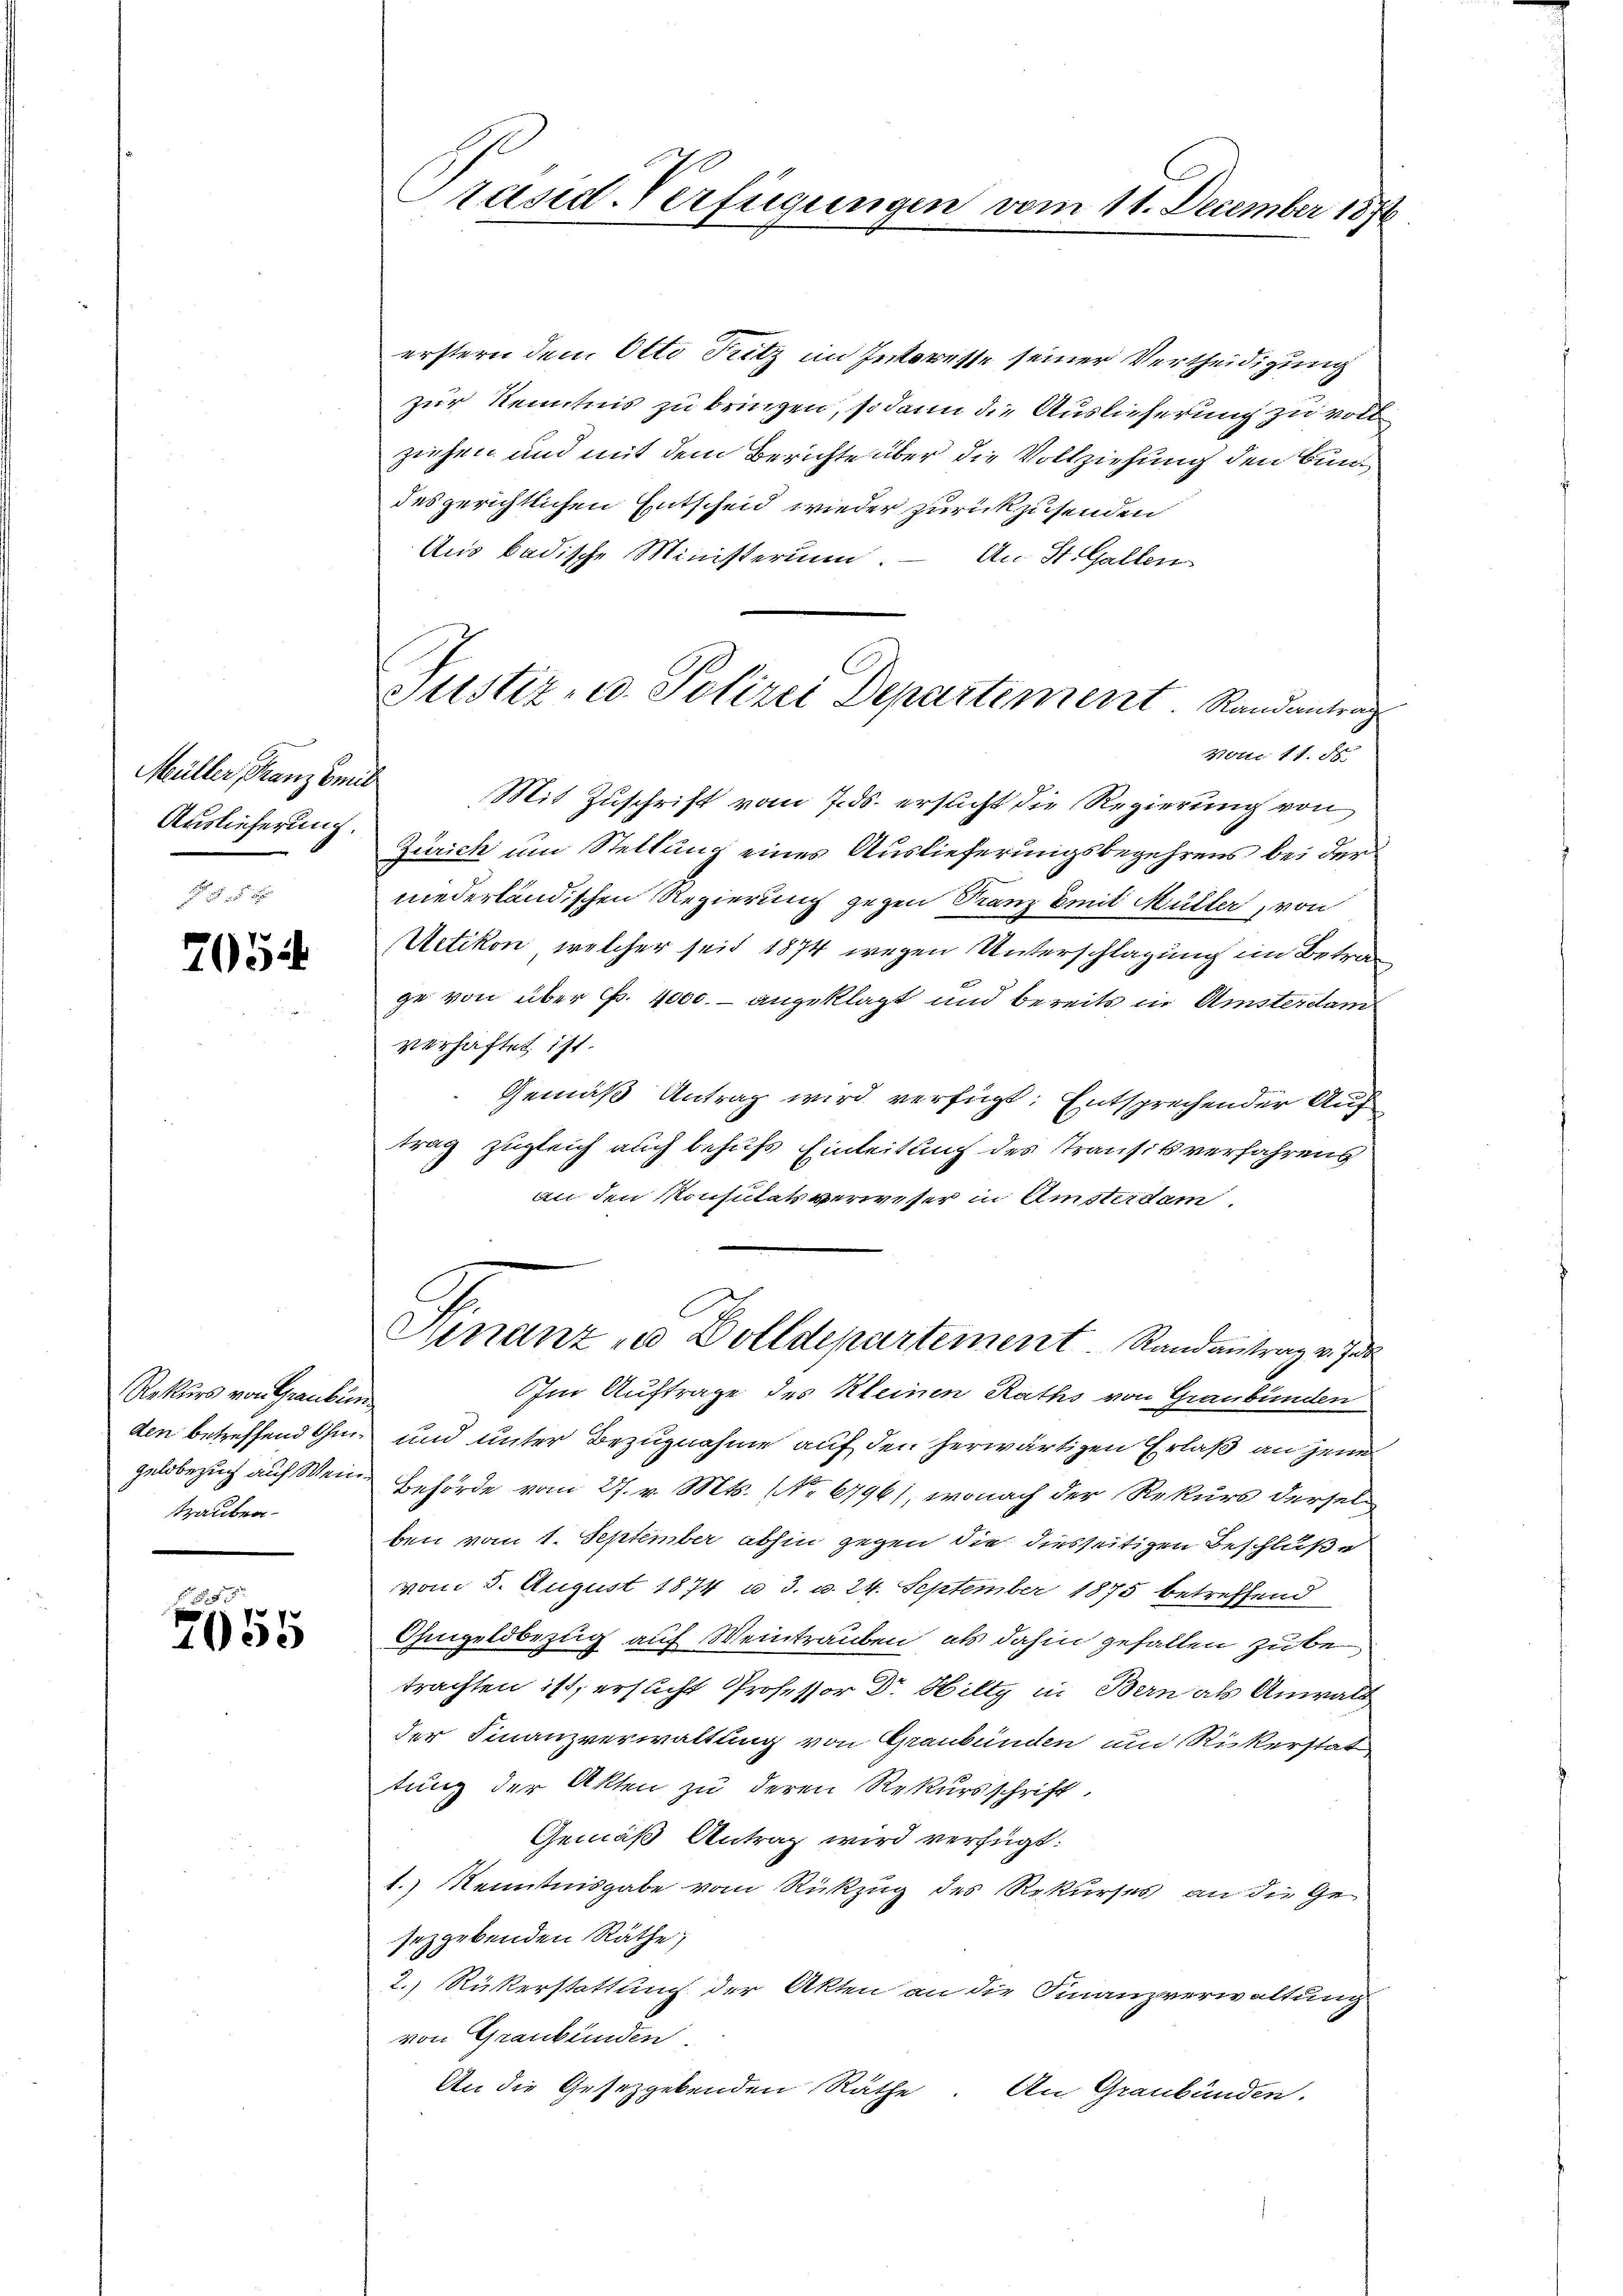
Müller, Franz Emil
Auslieferung.
 i § 1

7054

Rekurs von Graubün
Traubra¬

5
2055

Präsid-Verfügungen vom 11. December 1876

Justiz- u. Polizei Departement. Randantrag

erstern den Otto Sutz im Interesse seiner Vertheidigung
zur Kenntnis zu bringen, sodann die Auslieferung zu vollziehen und mit dem Berichte über die Vollziehung den Bundes gerichtlichen Entscheid wieder zurückzusenden
Aus badische Ministerium. — An St. Gallen
Vonii 11. St.
Mit Zuschrift vom 7. ds. ersucht die Regierung von
Zürich um Stellung eines Auslieferungsbegehrens bei der
niederländischen Regierung gegen Franz Emit Müller, von
Uetikon, welcher seit 1874 wegen Unterschlagung im Betrage von über Fr. 4000.- angeklagt und bereits in Umsterdam
verhaftet ist.
Gemäß Antrag wird verfügt: Entsprechender Auftrag zugleich auch behufs Einleitung des Transit verfahrens
an den Konsitätsverweser in Umsterdam.
Finanz u Dolldepartement. Randantrag v. Ja
Im Auftrage des Kleinen Raths von Graubünden
den betreffend ohne und unter Bezugnahme auf den herwärtigen Erlaß an jene
gelobezug auf Wein Behörde vom 27. v. Mts. (Nr. 6796), wonach der Rekurs derselben vom 1. September abhin gegen die diesseitigen Beschluße
vom 5. August 1874 u. 3. d. 24. September 1875 betreffend
Ohmgeldbezug auf Weintrauben, als dahin gefallen zu be
trachten ist, ersucht Professor Dr. Hilty in Bern als Anwalt
der Finanzverwaltung von Graubünden und Rickerstat
tung der Akten zu deren Rekursschrift
Gemäß Antrag wird verfügt:
1.) Kenntnisgabe vom Rückzug des Rekurses an die Gesezgebenden Räthe:
2.) Rükerstattung der Akten an die Finanzverwaltung
von Graubünden.
An die Gesetzgebenden Räthe. An Graubünden.